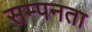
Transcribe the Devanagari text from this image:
सम्पनता